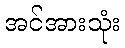
အင်အားသုံး